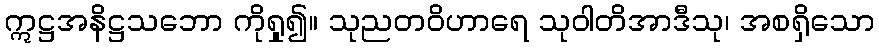
ဣဋ္ဌအနိဋ္ဌသဘော ကိုရှု၍။ သုညတဝိဟာရေ သုဝါတိအာဒီသု၊ အစရှိသော